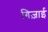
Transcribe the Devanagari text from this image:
ग़िज़ाई